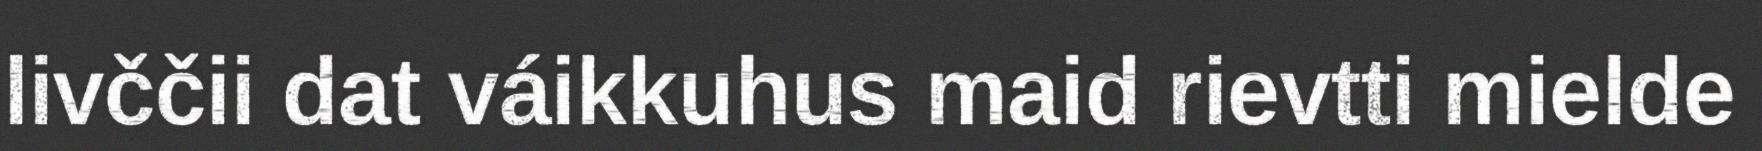
livččii dat váikkuhus maid rievtti mielde